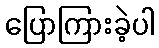
ပြောကြားခဲ့ပါ